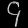
Digit: ၄